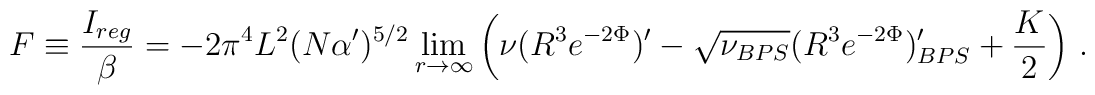
F \equiv \frac{I_{reg}}{\beta} =-2\pi^4 L^2 (N\alpha')^{5/2}\lim_{r \to \infty} \left(\nu (R^3 e^{-2\Phi})' - \sqrt{\nu_{BPS}} (R^3 e^{-2\Phi})'_{BPS} + \frac{K}{2}\right)\,.